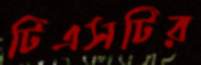
টিএসটির